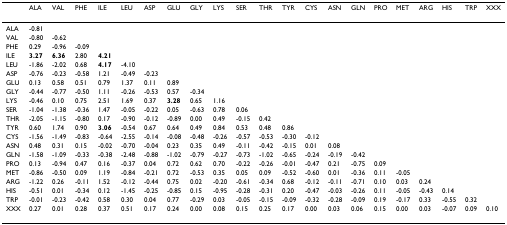
<table><thead><tr><td></td><td><b>ALA</b></td><td><b>VAL</b></td><td><b>PHE</b></td><td><b>ILE</b></td><td><b>LEU</b></td><td><b>ASP</b></td><td><b>GLU</b></td><td><b>GLY</b></td><td><b>LYS</b></td><td><b>SER</b></td><td><b>THR</b></td><td><b>TYR</b></td><td><b>CYS</b></td><td><b>ASN</b></td><td><b>GLN</b></td><td><b>PRO</b></td><td><b>MET</b></td><td><b>ARG</b></td><td><b>HIS</b></td><td><b>TRP</b></td><td><b>XXX</b></td></tr></thead><tbody><tr><td>ALA</td><td>-0.81</td><td></td><td></td><td></td><td></td><td></td><td></td><td></td><td></td><td></td><td></td><td></td><td></td><td></td><td></td><td></td><td></td><td></td><td></td><td></td><td></td></tr><tr><td>VAL</td><td>-0.80</td><td>-0.62</td><td></td><td></td><td></td><td></td><td></td><td></td><td></td><td></td><td></td><td></td><td></td><td></td><td></td><td></td><td></td><td></td><td></td><td></td><td></td></tr><tr><td>PHE</td><td>0.29</td><td>-0.96</td><td>-0.09</td><td></td><td></td><td></td><td></td><td></td><td></td><td></td><td></td><td></td><td></td><td></td><td></td><td></td><td></td><td></td><td></td><td></td><td></td></tr><tr><td>ILE</td><td><b>3.27</b></td><td><b>6.36</b></td><td>2.80</td><td><b>4.21</b></td><td></td><td></td><td></td><td></td><td></td><td></td><td></td><td></td><td></td><td></td><td></td><td></td><td></td><td></td><td></td><td></td><td></td></tr><tr><td>LEU</td><td>-1.86</td><td>-2.02</td><td>0.68</td><td><b>4.17</b></td><td>-4.10</td><td></td><td></td><td></td><td></td><td></td><td></td><td></td><td></td><td></td><td></td><td></td><td></td><td></td><td></td><td></td><td></td></tr><tr><td>ASP</td><td>-0.76</td><td>-0.23</td><td>-0.58</td><td>1.21</td><td>-0.49</td><td>-0.23</td><td></td><td></td><td></td><td></td><td></td><td></td><td></td><td></td><td></td><td></td><td></td><td></td><td></td><td></td><td></td></tr><tr><td>GLU</td><td>0.13</td><td>0.58</td><td>0.51</td><td>0.79</td><td>1.37</td><td>0.11</td><td>0.89</td><td></td><td></td><td></td><td></td><td></td><td></td><td></td><td></td><td></td><td></td><td></td><td></td><td></td><td></td></tr><tr><td>GLY</td><td>-0.44</td><td>-0.77</td><td>-0.50</td><td>1.11</td><td>-0.26</td><td>-0.53</td><td>0.57</td><td>-0.34</td><td></td><td></td><td></td><td></td><td></td><td></td><td></td><td></td><td></td><td></td><td></td><td></td><td></td></tr><tr><td>LYS</td><td>-0.46</td><td>0.10</td><td>0.75</td><td>2.51</td><td>1.69</td><td>0.37</td><td><b>3.28</b></td><td>0.65</td><td>1.16</td><td></td><td></td><td></td><td></td><td></td><td></td><td></td><td></td><td></td><td></td><td></td><td></td></tr><tr><td>SER</td><td>-1.04</td><td>-1.38</td><td>-0.36</td><td>1.47</td><td>-0.05</td><td>-0.22</td><td>0.05</td><td>-0.63</td><td>0.78</td><td>0.06</td><td></td><td></td><td></td><td></td><td></td><td></td><td></td><td></td><td></td><td></td><td></td></tr><tr><td>THR</td><td>-2.05</td><td>-1.15</td><td>-0.80</td><td>0.17</td><td>-0.90</td><td>-0.12</td><td>-0.89</td><td>0.00</td><td>0.49</td><td>-0.15</td><td>0.42</td><td></td><td></td><td></td><td></td><td></td><td></td><td></td><td></td><td></td><td></td></tr><tr><td>TYR</td><td>0.60</td><td>1.74</td><td>0.90</td><td><b>3.06</b></td><td>-0.54</td><td>0.67</td><td>0.64</td><td>0.49</td><td>0.84</td><td>0.53</td><td>0.48</td><td>0.86</td><td></td><td></td><td></td><td></td><td></td><td></td><td></td><td></td><td></td></tr><tr><td>CYS</td><td>-1.56</td><td>-1.49</td><td>-0.83</td><td>-0.64</td><td>-2.55</td><td>-0.14</td><td>-0.08</td><td>-0.48</td><td>-0.26</td><td>-0.57</td><td>-0.53</td><td>-0.30</td><td>-0.12</td><td></td><td></td><td></td><td></td><td></td><td></td><td></td><td></td></tr><tr><td>ASN</td><td>0.48</td><td>0.31</td><td>0.15</td><td>-0.02</td><td>-0.70</td><td>-0.04</td><td>0.23</td><td>0.35</td><td>0.49</td><td>-0.11</td><td>-0.42</td><td>-0.15</td><td>0.01</td><td>0.08</td><td></td><td></td><td></td><td></td><td></td><td></td><td></td></tr><tr><td>GLN</td><td>-1.58</td><td>-1.09</td><td>-0.33</td><td>-0.38</td><td>-2.48</td><td>-0.88</td><td>-1.02</td><td>-0.79</td><td>-0.27</td><td>-0.73</td><td>-1.02</td><td>-0.65</td><td>-0.24</td><td>-0.19</td><td>-0.42</td><td></td><td></td><td></td><td></td><td></td><td></td></tr><tr><td>PRO</td><td>0.13</td><td>-0.94</td><td>0.47</td><td>0.16</td><td>-0.37</td><td>0.04</td><td>0.72</td><td>0.62</td><td>0.70</td><td>-0.22</td><td>-0.26</td><td>-0.01</td><td>-0.47</td><td>0.21</td><td>-0.75</td><td>0.09</td><td></td><td></td><td></td><td></td><td></td></tr><tr><td>MET</td><td>-0.86</td><td>-0.50</td><td>0.09</td><td>1.19</td><td>-0.84</td><td>-0.21</td><td>0.72</td><td>-0.53</td><td>0.35</td><td>0.05</td><td>0.09</td><td>-0.52</td><td>-0.60</td><td>0.01</td><td>-0.36</td><td>0.11</td><td>-0.05</td><td></td><td></td><td></td><td></td></tr><tr><td>ARG</td><td>-1.22</td><td>0.26</td><td>-0.11</td><td>1.52</td><td>-0.12</td><td>-0.44</td><td>0.75</td><td>0.02</td><td>-0.20</td><td>-0.61</td><td>-0.34</td><td>0.68</td><td>-0.12</td><td>-0.11</td><td>-0.71</td><td>0.10</td><td>0.03</td><td>0.24</td><td></td><td></td><td></td></tr><tr><td>HIS</td><td>-0.51</td><td>0.01</td><td>-0.34</td><td>0.12</td><td>-1.45</td><td>-0.25</td><td>-0.85</td><td>0.15</td><td>-0.95</td><td>-0.28</td><td>-0.31</td><td>0.20</td><td>-0.47</td><td>-0.03</td><td>-0.26</td><td>0.11</td><td>-0.05</td><td>-0.43</td><td>0.14</td><td></td><td></td></tr><tr><td>TRP</td><td>-0.01</td><td>-0.23</td><td>-0.42</td><td>0.58</td><td>0.30</td><td>0.04</td><td>0.77</td><td>-0.29</td><td>0.03</td><td>-0.05</td><td>-0.15</td><td>-0.09</td><td>-0.32</td><td>-0.28</td><td>-0.09</td><td>0.19</td><td>-0.17</td><td>0.33</td><td>-0.55</td><td>0.32</td><td></td></tr><tr><td>XXX</td><td>0.27</td><td>0.01</td><td>0.28</td><td>0.37</td><td>0.51</td><td>0.17</td><td>0.24</td><td>0.00</td><td>0.08</td><td>0.15</td><td>0.25</td><td>0.17</td><td>0.00</td><td>0.03</td><td>0.06</td><td>0.15</td><td>0.00</td><td>0.03</td><td>-0.07</td><td>0.09</td><td>0.10</td></tr></tbody></table>